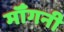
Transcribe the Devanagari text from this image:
मॉँगनी